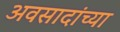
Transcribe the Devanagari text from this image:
अवसादांच्या